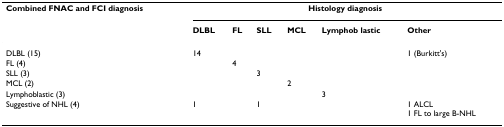
<table><thead><tr><td><b>Combined FNAC and FCI diagnosis</b></td><td colspan="6"><b>Histology diagnosis</b></td></tr><tr><td></td><td><b>DLBL</b></td><td><b>FL</b></td><td><b>SLL</b></td><td><b>MCL</b></td><td><b>Lymphob lastic</b></td><td><b>Other</b></td></tr></thead><tbody><tr><td>DLBL (15)</td><td>14</td><td></td><td></td><td></td><td></td><td>1 (Burkitt&#x27;s)</td></tr><tr><td>FL (4)</td><td></td><td>4</td><td></td><td></td><td></td><td></td></tr><tr><td>SLL (3)</td><td></td><td></td><td>3</td><td></td><td></td><td></td></tr><tr><td>MCL (2)</td><td></td><td></td><td></td><td>2</td><td></td><td></td></tr><tr><td>Lymphoblastic (3)</td><td></td><td></td><td></td><td></td><td>3</td><td></td></tr><tr><td>Suggestive of NHL (4)</td><td>1</td><td></td><td>1</td><td></td><td></td><td>1 ALCL1 FL to large B-NHL</td></tr></tbody></table>